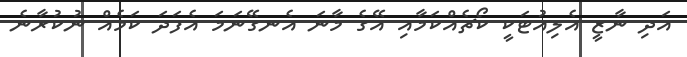
އަދި ނާޒީ އެލިއުޓަކީ ކޯޗެއްކަމާއި އޭގެ މާނަ އެނގޭނަމަ އެފަދަ ކަމެއް ނުކުރާނެ